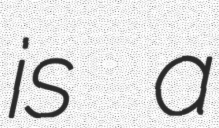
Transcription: is a